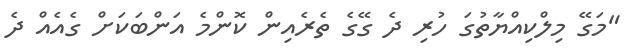
"މަގޭ މިލްކިއްޔާތުގަ ހުރި ދެ ގޭގެ ތެރެއިން ކޮންމެ އަންބަކަށް ގެއެއް ދެ